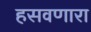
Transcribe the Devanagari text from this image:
हसवणारा